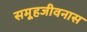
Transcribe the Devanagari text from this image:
समूहजीवनास